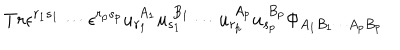
LaTeX: T r \epsilon ^ { r _ { 1 } s _ { 1 } } \cdots \epsilon ^ { r _ { p } s _ { p } } u _ { r _ { 1 } } ^ { \ A _ { 1 } } u _ { s _ { 1 } } ^ { \ B _ { 1 } } \cdots u _ { r _ { p } } ^ { \ A _ { p } } u _ { s _ { p } } ^ { \ B _ { p } } \Phi _ { A _ { 1 } B _ { 1 } \cdots A _ { p } B _ { p } }